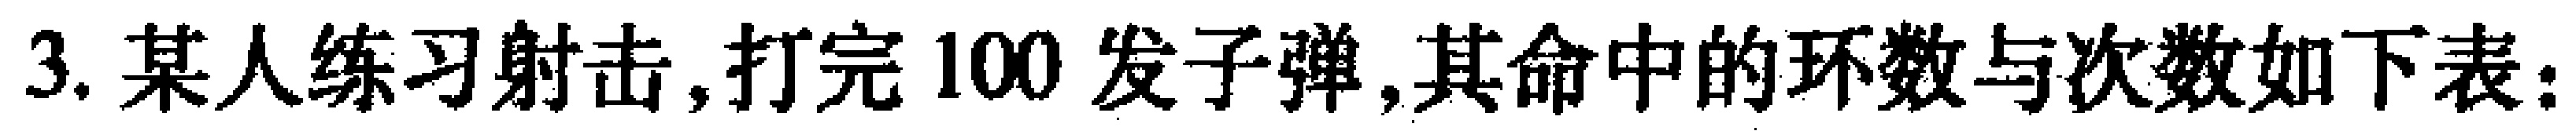
3. 某人练习射击,打完100发子弹,其命中的环数与次数如下表：